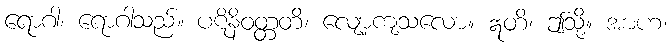
ရောဂါ၊ ရောဂါသည်။ ပဋိနိဝတ္တတိ၊ လျော့ကျသလော။ ဣတိ၊ ဤသို့။ အာဟ၊